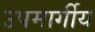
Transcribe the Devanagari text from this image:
उपमार्गीय